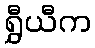
ရွှီယီက